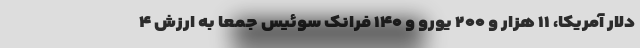
دلار آمریکا، ۱۱ هزار و ۲۰۰ یورو و ۱۴۰ فرانک سوئیس جمعا به ارزش ۴